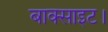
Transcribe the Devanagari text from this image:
बाक्साइट।